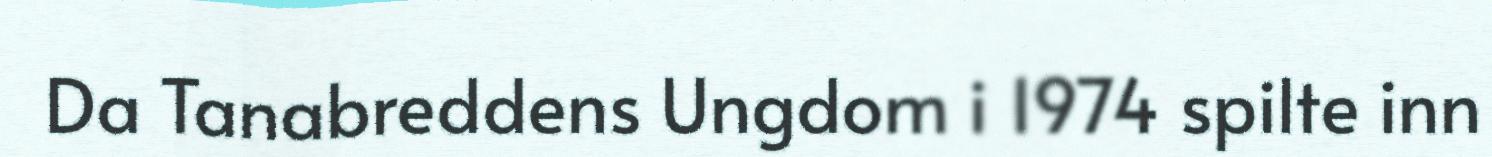
Da Tanabreddens Ungdom i 1974 spilte inn